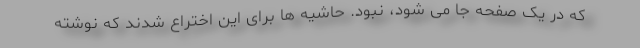
که در یک صفحه جا می شود، نبود. حاشیه ها برای این اختراع شدند که نوشته